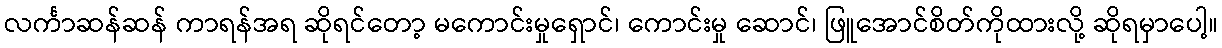
လင်္ကာဆန်ဆန် ကာရန်အရ ဆိုရင်တော့ မကောင်းမှုရှောင်၊ ကောင်းမှု ဆောင်၊ ဖြူအောင်စိတ်ကိုထားလို့ ဆိုရမှာပေါ့။